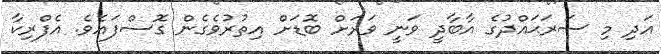
އަދި މި ސަރަޙައްދުގެ އާބާދީ ވަނީ ވަރަށް ބޮޑަށް އިތުރުވެގެން ގޮސްފައެވެ. އެފްރިކާ